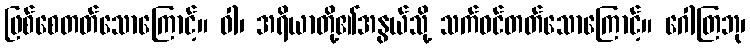
ဖြစ်စေတတ်သောကြောင့်။ ဝါ၊ အရိယာတို့၏အနွယ်သို့ သက်ဝင်တတ်သောကြောင့်။ ဂေါတြဘု၊